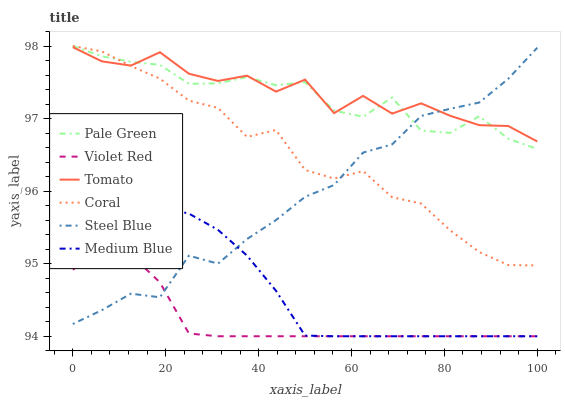
| xaxis_label | Pale Green | Violet Red | Tomato | Coral | Steel Blue | Medium Blue |
 | --- | --- | --- | --- | --- | --- | --- |
 | 0 | 98 | 94.9 | 98 | 98 | 94.2 | 95.3 |
 | 6.25 | 97.9 | 95.2 | 97.8 | 97.9 | 94.4 | 95.6 |
 | 12.5 | 97.8 | 95.1 | 97.7 | 97.7 | 94.6 | 95.7 |
 | 18.8 | 97.7 | 94.7 | 97.9 | 97.6 | 94.5 | 95.8 |
 | 25 | 97.5 | 94 | 97.6 | 97.2 | 95.1 | 95.7 |
 | 31.2 | 97.5 | 94 | 97.5 | 97.1 | 95 | 95.5 |
 | 37.5 | 97.6 | 94 | 97.6 | 96.7 | 95.3 | 95.1 |
 | 43.8 | 97.5 | 94 | 97.4 | 96.8 | 95.6 | 94.6 |
 | 50 | 97.5 | 94 | 97.5 | 96.3 | 95.9 | 94 |
 | 56.2 | 97.1 | 94 | 97.1 | 96.2 | 96.1 | 94 |
 | 62.5 | 97 | 94 | 97.3 | 96.3 | 96.5 | 94 |
 | 68.8 | 97.3 | 94 | 97.1 | 95.9 | 96.6 | 94 |
 | 75 | 96.8 | 94 | 97.2 | 95.8 | 97 | 94 |
 | 81.2 | 96.8 | 94 | 97 | 95.5 | 97.1 | 94 |
 | 87.5 | 97 | 94 | 96.9 | 95.2 | 97.2 | 94 |
 | 93.8 | 96.7 | 94 | 96.9 | 95 | 97.5 | 94 |
 | 100 | 96.6 | 94 | 96.7 | 95 | 98 | 94 |